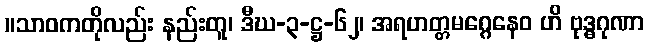
။သာဝကတိုလည်း နည်းတူ၊ ဒီဃ-၃-ဋ္ဌ-၆၂၊ အရဟတ္တမဂ္ဂေနေဝ ဟိ ဗုဒ္ဓဂုဏာ